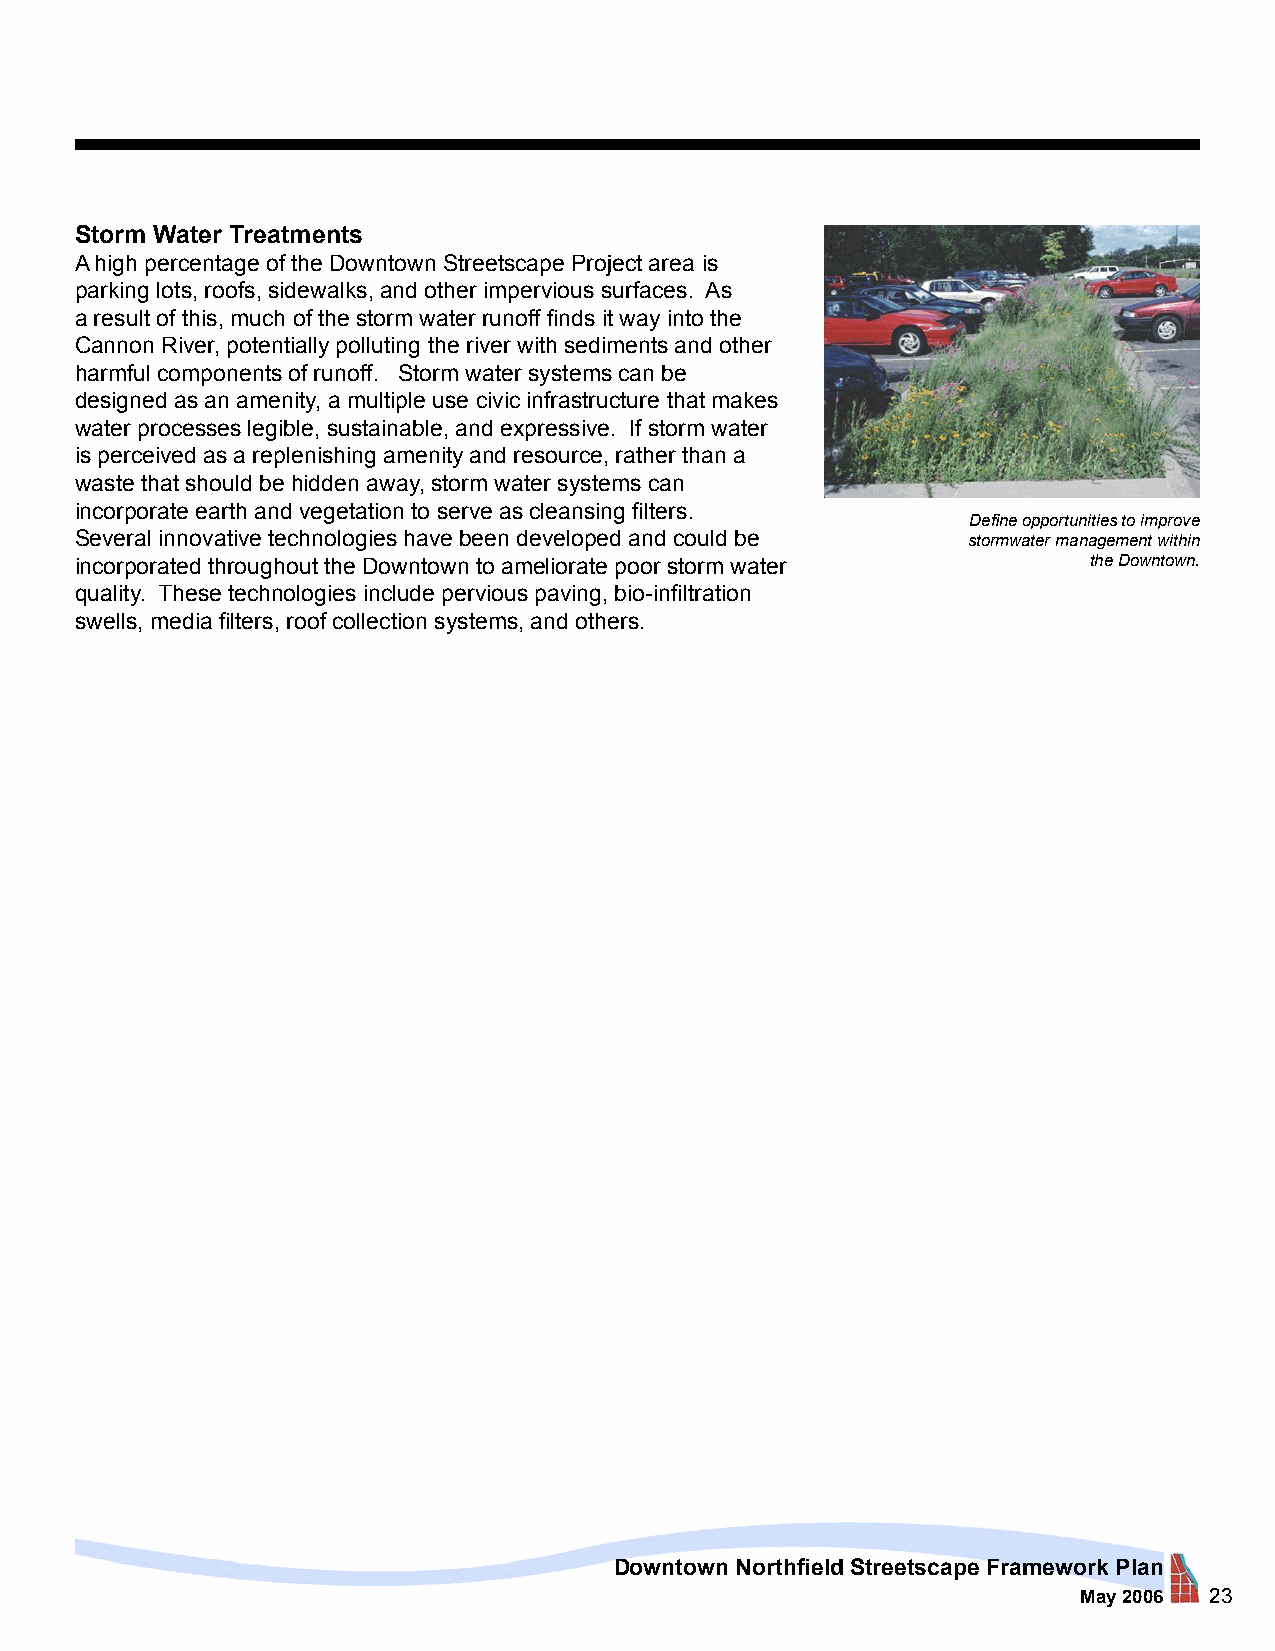
Storm Water Treatments
 A high percentage of the Downtown Streetscape Project area is
 parking lots, roofs, sidewalks, and other impervious surfaces. As
 a result of this, much of the storm water runoff finds it way into the
 Cannon River, potentially polluting the river with sediments and other
 harmful components of runoff. Storm water systems can be
 designed as an amenity, a multiple use civic infrastructure that makes
 water processes legible, sustainable, and expressive. If storm water
 is perceived as a replenishing amenity and resource, rather than a
 waste that should be hidden away, storm water systems can
 incorporate earth and vegetation to serve as cleansing filters.
 Define opportunities to improve
 Several innovative technologies have been developed and could be stormwater management within
 incorporated throughout the Downtown to ameliorate poor storm water the Downtown.
 quality. These technologies include pervious paving, bio-infiltration
 swells, media filters, roof collection systems, and others.
 Downtown Northfield Streetscape Framework Plan
 May 2006 23